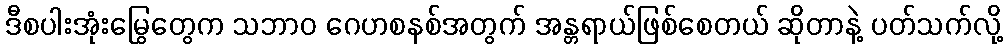
ဒီစပါးအုံးမြွေတွေက သဘာဝ ဂေဟစနစ်အတွက် အန္တရာယ်ဖြစ်စေတယ် ဆိုတာနဲ့ ပတ်သက်လို့